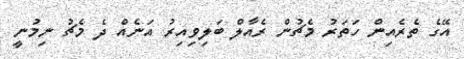
އޭގެ ތެރެއިން ހަތަރު މެޗުން ރެއާލް ބަލިވިއިރު އަނެއް ދެ މެޗު ނިމުނީ